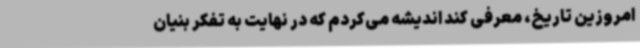
امروزین تاریخ، معرفی کند اندیشه می‌کردم که در نهایت به تفکر بنیان‌